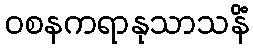
ဝစနကရာနုသာသနိံ